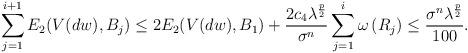
LaTeX: \begin{align*}\sum_{j=1}^{i+1} E_{2}(V(d w), B_{j}) \leq 2 E_{2}(V(d w), B_{1}) + \frac{2c_{4}\lambda^{\frac{p}{2}}}{\sigma^{n}} \sum_{j=1}^{i}\omega\left( R_{j} \right)\leq \frac{\sigma^{n}\lambda^{\frac{p}{2}}}{100}.\end{align*}